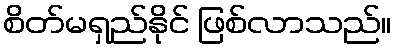
စိတ်မရှည်နိုင် ဖြစ်လာသည်။